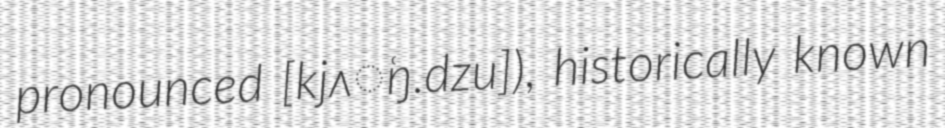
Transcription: pronounced [kjʌ̹ŋ.dzu]), historically known